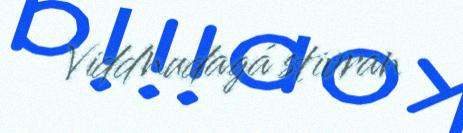
Viddnudagá stivran